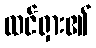
ထင်ရှား၏